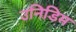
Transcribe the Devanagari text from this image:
उनिडिम